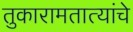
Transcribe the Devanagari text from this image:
तुकारामतात्यांचे